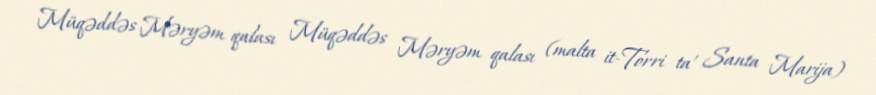
Müqəddəs Məryəm qalası Müqəddəs Məryəm qalası (malta it-Torri ta' Santa Marija)